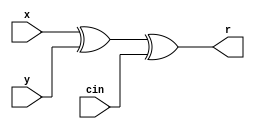
module falogic( 
 output r, 
 input x, 
 input y, 
 input cin 
 ); 
xor cx1 ( t1, x,y ); 
xor cx2 ( r, t1, cin ); 
endmodule 

module register_logic( 
 input clk, 
 input enable , 
 input [4:0] Data , 
 output reg [4:0] Q ) ; 
 
 always @(posedge clk ) 
 begin 
 if ( enable) begin 
 Q = Data; 
 end 
 end 
endmodule 

module carrylogic( 
output [3:0] cout , 
input cin, 
input [3:0] x, 
input [3:0] y 
 ); 
// Computing all gx 
wire g0, g1, g2, g3 ; 
assign g0 = x[0] & y[0] ; 
assign g1 = x[1] & y[1] ; 
assign g2 = x[2] & y[2] ; 
assign g3 = x[3] & y[3] ; 
// Computing all px 
wire p0, p1, p2, p3 ; 
assign p0 = x[0] + y[0] ; 
assign p1 = x[1] + y[1] ; 
assign p2 = x[2] + y[2] ; 
assign p3 = x[3] + y[3] ; 
// Computing all carries 
assign cout[0] = g0 | ( p0 & cin) ; 
assign cout[1] = g1 | ( p1 & ( g0 | (p0 & cin) ) ) ; 
assign cout[2] = g2 | ( p2 & (g1 | ( p1 & ( g0 | (p0 & cin) ) ) ) ) ; 
assign cout[3] = g3 | ( p3 & (g2 | ( p2 & (g1 | ( p1 & ( g0 | (p0 & cin) ) ) ) ) ) ) ;
endmodule

module carrylookahead_st( 
 input clk , 
 input enable , 
 input cin, 
 input [3:0] x, 
 input [3:0] y, 
 output [4:0] r 
 ); 
wire [3:0] c; 
wire [3:0] ir1 ; 
wire [4:0] ir2 ; 
 
// Compute Carries 
carrylogic cx1 (c, cin, x, y);

// Compute R 
falogic cx6 ( ir1[3], x[3], y[3], c[2] ) ; 
falogic cx7 ( ir1[2], x[2], y[2], c[1] ) ; 
falogic cx8 ( ir1[1], x[1], y[1], c[0] ) ; 
falogic cx9 ( ir1[0], x[0], y[0], cin ) ; 

// Register 
register_logic cx10 ( clk,1'b1, {c[3],ir1}, ir2 ) ; 

// Results 
assign r = ir2;


endmodule